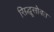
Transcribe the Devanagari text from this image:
सिद्धूसोबत